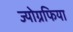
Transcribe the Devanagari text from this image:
ज्योग्रफिया